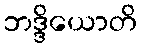
ဘဒ္ဒိယောတိ